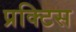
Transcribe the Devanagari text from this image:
प्रक्‍टिस